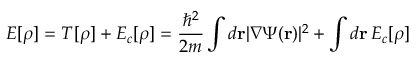
E [ \rho ] = T [ \rho ] + E _ { c } [ \rho ] = \frac { \hbar ^ { 2 } } { 2 m } \int d { \mathbf r } | \nabla \Psi ( { \mathbf r } ) | ^ { 2 } + \int d { \mathbf r } \, { \cal E } _ { c } [ \rho ]